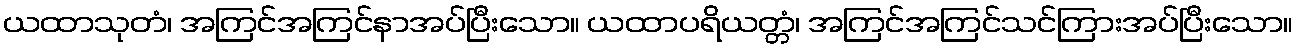
ယထာသုတံ၊ အကြင်အကြင်နာအပ်ပြီးသော။ ယထာပရိယတ္တံ၊ အကြင်အကြင်သင်ကြားအပ်ပြီးသော။